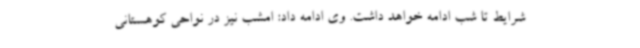
شرایط تا شب ادامه خواهد داشت. وی ادامه داد: امشب نیز در نواحی کوهستانی